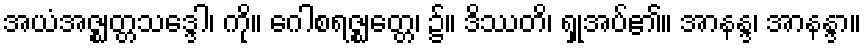
အယံအဇ္ဈတ္တသဒ္ဒေါ၊ ကို။ ဂေါစရဇ္ဈတ္တေ၊ ၌။ ဒိဿတိ၊ ရှုအပ်၏။ အာနန္ဒ၊ အာနန္ဒာ။